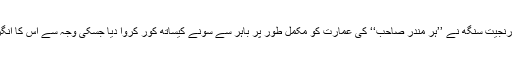
بعد میں پنجاب کے حکمران مہاراجہ رنجیت سنگھ نے ’’ہر مندر صاحب‘‘ کی عمارت کو مکمل طور پر باہر سے سونے کیساتھ کور کروا دیا جسکی وجہ سے اس کا انگریزی نام "گولڈن ٹمپل’’ مشہور ہو گیا۔